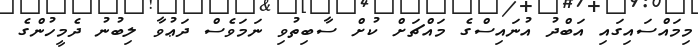
މިމައްސައިގައި އަބްދު އުނައިސްގެ މައްޗަށް ކުށް ސާބިތުވި ނަމަވެސް ދަޢުވާ ލިބުނު ދެމީހުންގެ